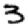
Digit: 3